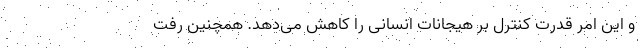
و این امر قدرت کنترل بر هیجانات انسانی را کاهش می‌دهد. همچنین رفت